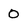
Character: O